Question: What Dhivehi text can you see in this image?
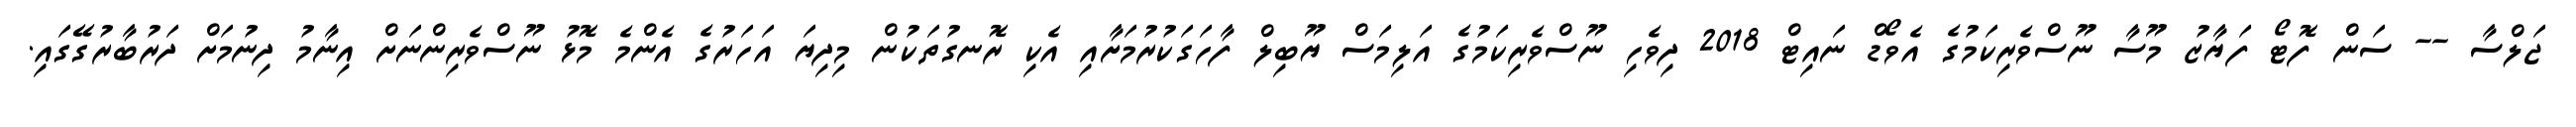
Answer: ޖަލްސާ -- ސަން ފޮޓޯ ފަޔާޒު މޫސާ ނޫސްވެރިކަމުގެ އެވޯޑް ނައިޓް 2018 ދިވެހި ނޫސްވެރިކަމުގެ އަލިމަސް ޔޫބިލް ފާހަގަކުރުމަށާއި އެކި ރޮނގުތަކުން މިދިޔަ އަހަރުގެ އެންމެ މޮޅު ނޫސްވެރިންނަށް އިނާމު ދިނުމަށް ދަރުބާރުގޭގައި.